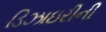
ડિઝાઇરીની